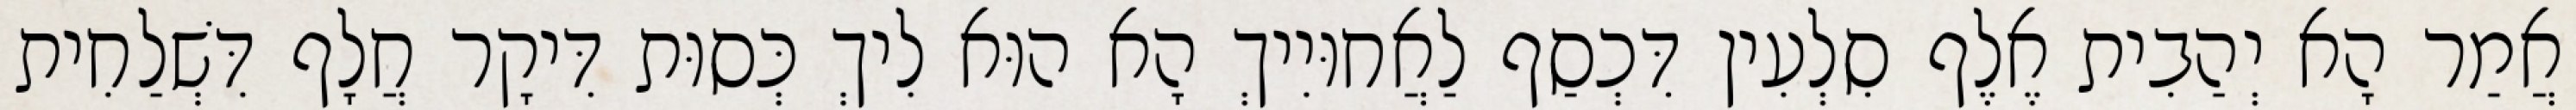
אֲמַר הָא יְהַבִית אֶלֶף סִלְעִין דִּכְסַף לַאֲחוּיִיךְ הָא הוּא לִיךְ כְּסוּת דִּיקָר חֲלָף דִּשְׁלַחִית